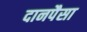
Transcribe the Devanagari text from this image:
दानपैसा